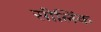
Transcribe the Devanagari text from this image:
सीलिंक